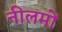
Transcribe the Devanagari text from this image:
नीलमों